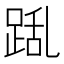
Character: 𮛛